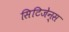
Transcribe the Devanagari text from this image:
सिटिजेन्स